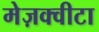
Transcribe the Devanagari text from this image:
मेज़क्वीटा